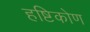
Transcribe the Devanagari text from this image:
हष्टिकोण